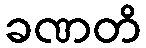
ခဏတိ